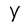
Character: Y